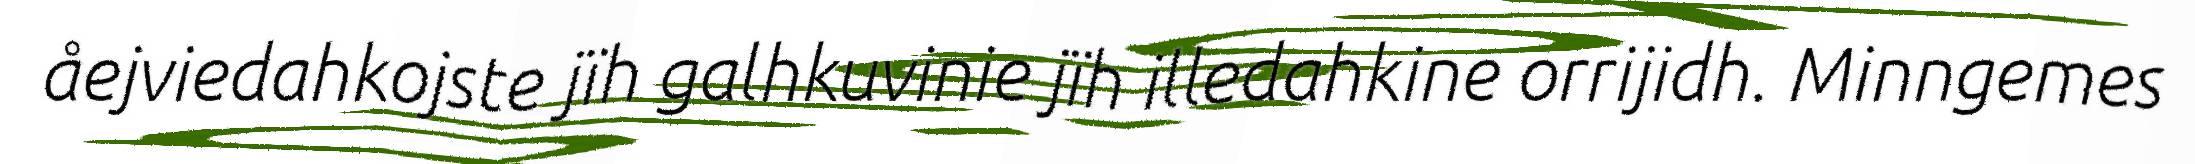
åejviedahkojste jïh galhkuvinie jïh illedahkine orrijidh. Minngemes